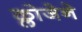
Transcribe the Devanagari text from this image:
क्लोजेने